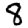
Digit: 8